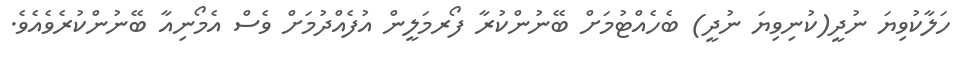
ހަލާކުވިޔަ ނުދީ(ކުނިވިޔަ ނުދީ) ބެހެއްޓުމަށް ބޭނުންކުރާ ފޯރމަލީން އުފެއްދުމަށް ވެސް އެމޯނިއާ ބޭނުންކުރެވެއެވެ.